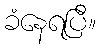
ခံနေရပြီ။